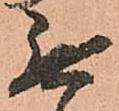
無